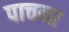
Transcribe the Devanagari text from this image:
पाचना